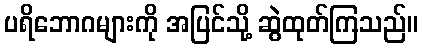
ပရိဘောဂများကို အပြင်သို့ ဆွဲထုတ်ကြသည်။